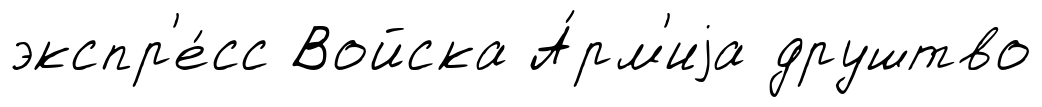
экспр'е́сс Войска А́рм'иjа друштво